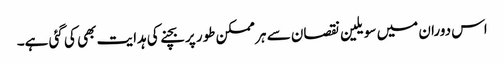
اس دوران میں سویلین نقصان سے ہر ممکن طور پر بچنے کی ہدایت بھی کی گئی ہے۔